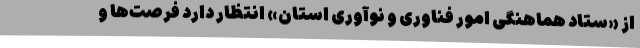
از «ستاد هماهنگی امور فناوری و نوآوری استان» انتظار دارد فرصت‌ها و